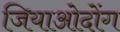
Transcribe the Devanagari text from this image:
जियाओदोंग